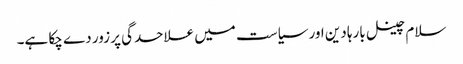
سلام چینل بارہا دین اور سیاست میں علاحدگی پر زور دے چکا ہے۔